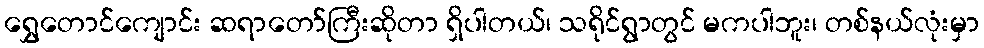
ရွှေတောင်ကျောင်း ဆရာတော်ကြီးဆိုတာ ရှိပါတယ်၊ သရိုင်ရွာတွင် မကပါဘူး၊ တစ်နယ်လုံးမှာ